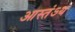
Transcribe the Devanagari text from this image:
आस्तंऽय